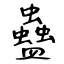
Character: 蠱